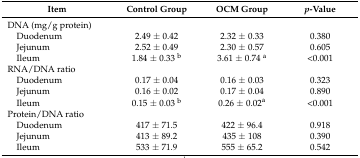
<table><thead><tr><td><b>Item</b></td><td><b>Control Group</b></td><td><b>OCM Group</b></td><td><b><i>p</i>-Value</b></td></tr></thead><tbody><tr><td>DNA (mg/g protein)</td><td></td><td></td><td></td></tr><tr><td> Duodenum</td><td>2.49 ± 0.42</td><td>2.32 ± 0.33</td><td>0.380</td></tr><tr><td> Jejunum</td><td>2.52 ± 0.49</td><td>2.30 ± 0.57</td><td>0.605</td></tr><tr><td> Ileum</td><td>1.84 ± 0.33 <sup>b</sup></td><td>3.61 ± 0.74 <sup>a</sup></td><td>&lt;0.001</td></tr><tr><td>RNA/DNA ratio</td><td></td><td></td><td></td></tr><tr><td> Duodenum</td><td>0.17 ± 0.04</td><td>0.16 ± 0.03</td><td>0.323</td></tr><tr><td> Jejunum</td><td>0.16 ± 0.02</td><td>0.17 ± 0.04</td><td>0.890</td></tr><tr><td> Ileum</td><td>0.15 ± 0.03 <sup>b</sup></td><td>0.26 ± 0.02<sup>a</sup></td><td>&lt;0.001</td></tr><tr><td>Protein/DNA ratio</td><td></td><td></td><td></td></tr><tr><td> Duodenum</td><td>417 ± 71.5</td><td>422 ± 96.4</td><td>0.918</td></tr><tr><td> Jejunum</td><td>413 ± 89.2</td><td>435 ± 108</td><td>0.390</td></tr><tr><td> Ileum</td><td>533 ± 71.9</td><td>555 ± 65.2</td><td>0.542</td></tr></tbody></table>